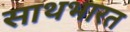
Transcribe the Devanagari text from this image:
साथभारत